Medical and sanitary report of the native army of Bengal for the year
Year: 1874
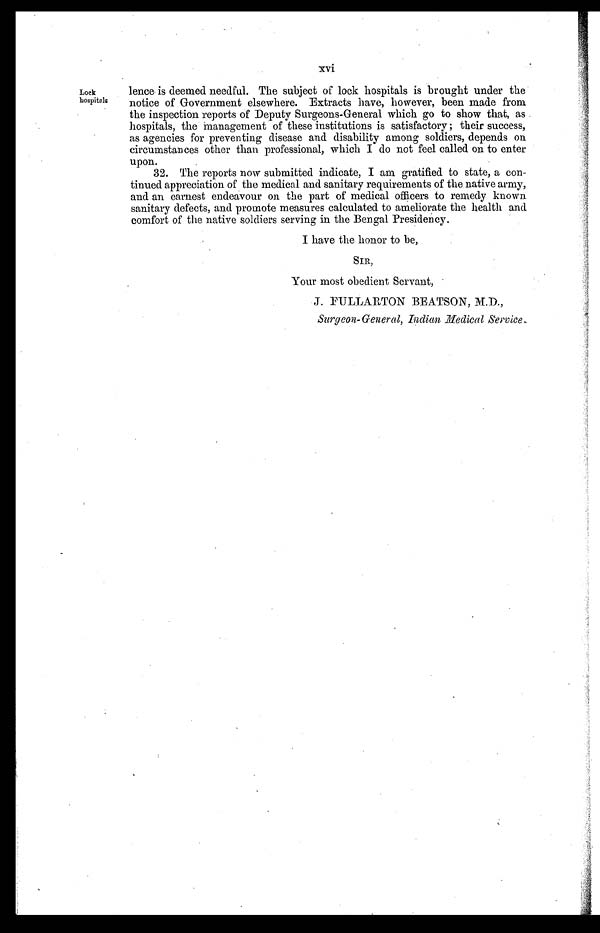
xvi
Lock
hospitals
lence is deemed needful. The subject of lock hospitals is brought under the
notice of Government elsewhere. Extracts have, however, been made from
the inspection reports of Deputy Surgeons-General which go to show that, as
hospitals, the Management of these institutions is satisfactory ; their success,
as agencies for preventing disease and disability among soldiers, depends on
circumstances other than professional, which I do not feel called on to enter
upon.
32. The reports now submitted indicate, I am gratified to state, a con-
tinued appreciation of the medical and sanitary requirements of the native army,
and an earnest endeavour on the part of medical officers to remedy known
sanitary defects, and promote measures calculated to ameliorate the health and
comfort of the native soldiers serving in the Bengal Presidency.
I have the honor to be,
SIR,
Your most obedient Servant,
J. FULLARTON BEATSON, M.D.,
Surgeon-General, Indian Medical Service.